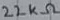
Text: 22KΩ